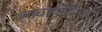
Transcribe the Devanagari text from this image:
भावार्थदेपिका